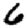
Digit: 6